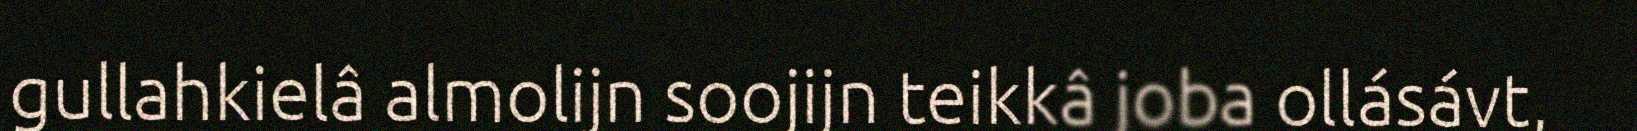
gullahkielâ almolijn soojijn teikkâ joba ollásávt,